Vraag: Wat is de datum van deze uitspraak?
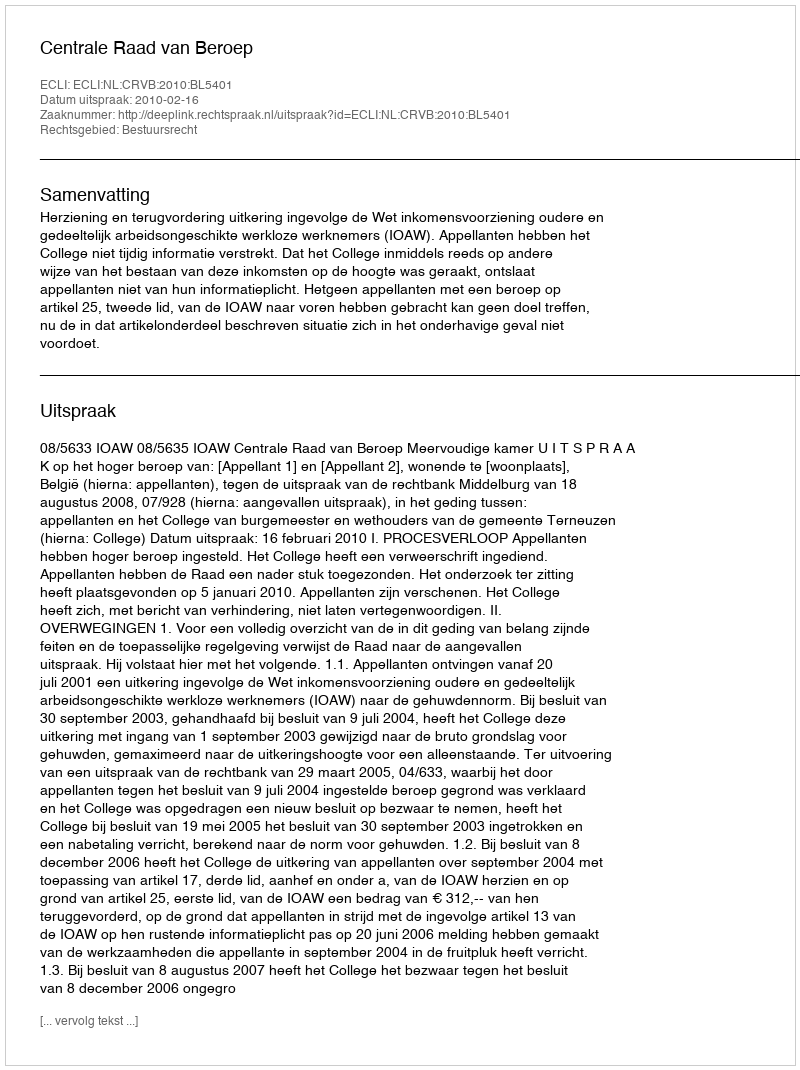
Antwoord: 2010-02-16